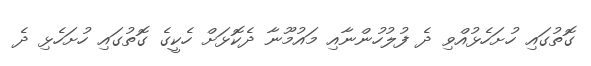
ގޮތުގައި ހުށަހެޅުއްވި ދެ ފުލުހުންނާއި މައުމޫނާ ދެކޮޅަށް ހެކީގެ ގޮތުގައި ހުށަހެޅި ދެ